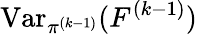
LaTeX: \operatorname{Var}_{\pi^{(k-1)}}(F^{(k-1)})